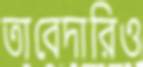
তাবেদারিও